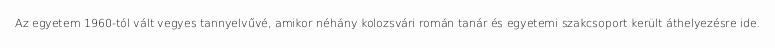
Az egyetem 1960-tól vált vegyes tannyelvűvé, amikor néhány kolozsvári román tanár és egyetemi szakcsoport került áthelyezésre ide.